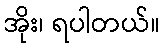
အိုး၊ ရပါတယ်။